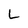
Character: L